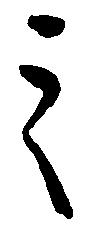
之